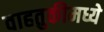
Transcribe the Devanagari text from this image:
वाहतुकीमध्ये